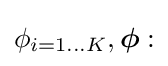
\phi _{i=1\dots K},{\boldsymbol {\phi }}: